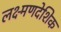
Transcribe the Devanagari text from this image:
लक्ष्मणदेशिक